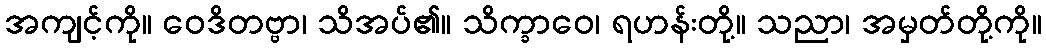
အကျင့်ကို။ ဝေဒိတဗ္ဗာ၊ သိအပ်၏။ သိက္ခာဝေ၊ ရဟန်းတို့။ သညာ၊ အမှတ်တို့ကို။